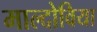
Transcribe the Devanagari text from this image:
माल्दोविया